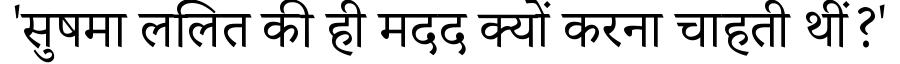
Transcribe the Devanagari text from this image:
'सुषमा ललित की ही मदद क्यों करना चाहती थीं?'